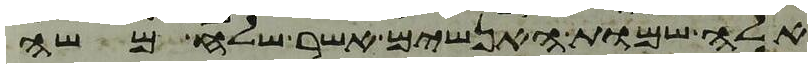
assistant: אלה שמות האנשים אשר שלח משה